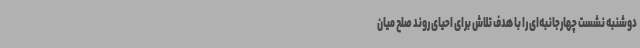
دوشنبه نشست چهارجانبه‌ای را با هدف تلاش برای احیای روند صلح میان